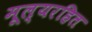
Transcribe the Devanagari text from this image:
मूल्यरहित